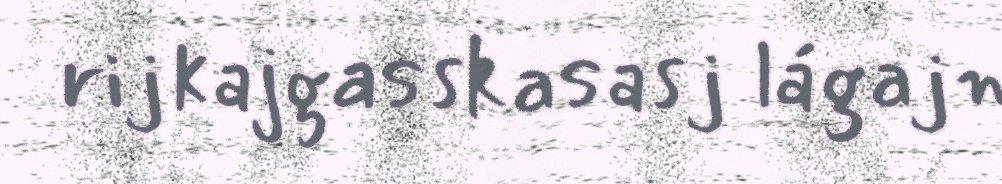
rijkajgasskasasj lágajn